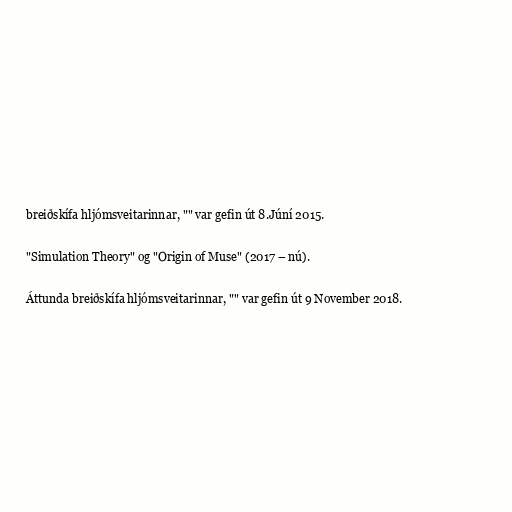
breiðskífa hljómsveitarinnar, "" var gefin út 8.Júní 2015.

"Simulation Theory" og "Origin of Muse" (2017 – nú).

Áttunda breiðskífa hljómsveitarinnar, "" var gefin út 9 November 2018.